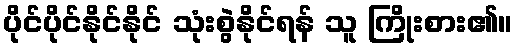
ပိုင်ပိုင်နိုင်နိုင် သုံးစွဲနိုင်ရန် သူ ကြိုးစား၏။